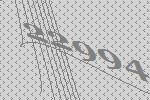
22994